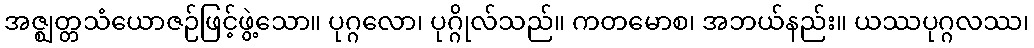
အဇ္ဈတ္တသံယောဇဉ်ဖြင့်ဖွဲ့သော။ ပုဂ္ဂလော၊ ပုဂ္ဂိုလ်သည်။ ကတမောစ၊ အဘယ်နည်း။ ယဿပုဂ္ဂလဿ၊